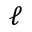
\ell